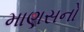
માણસનો